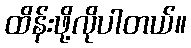
ထိန်းဖို့လိုပါတယ်။